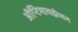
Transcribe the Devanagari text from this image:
ऑप्टिमायझेशन